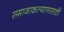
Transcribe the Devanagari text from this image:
समाजाकल्याणसाठी